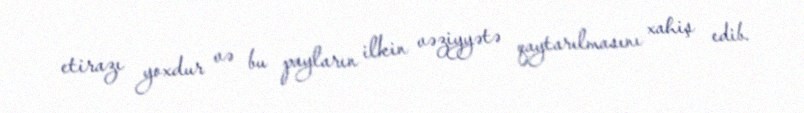
etirazı yoxdur və bu payların ilkin vəziyyətə qaytarılmasını xahiş edib.